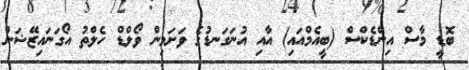
ބޮޑީ މާސް އިންޑެކްސް (ބީއެމްއައި) އާއި އުނަގަނޑުގެ ވަށަމިން ވޯލްޑް ހެލްތު އޯގަނައިޒޭޝަން